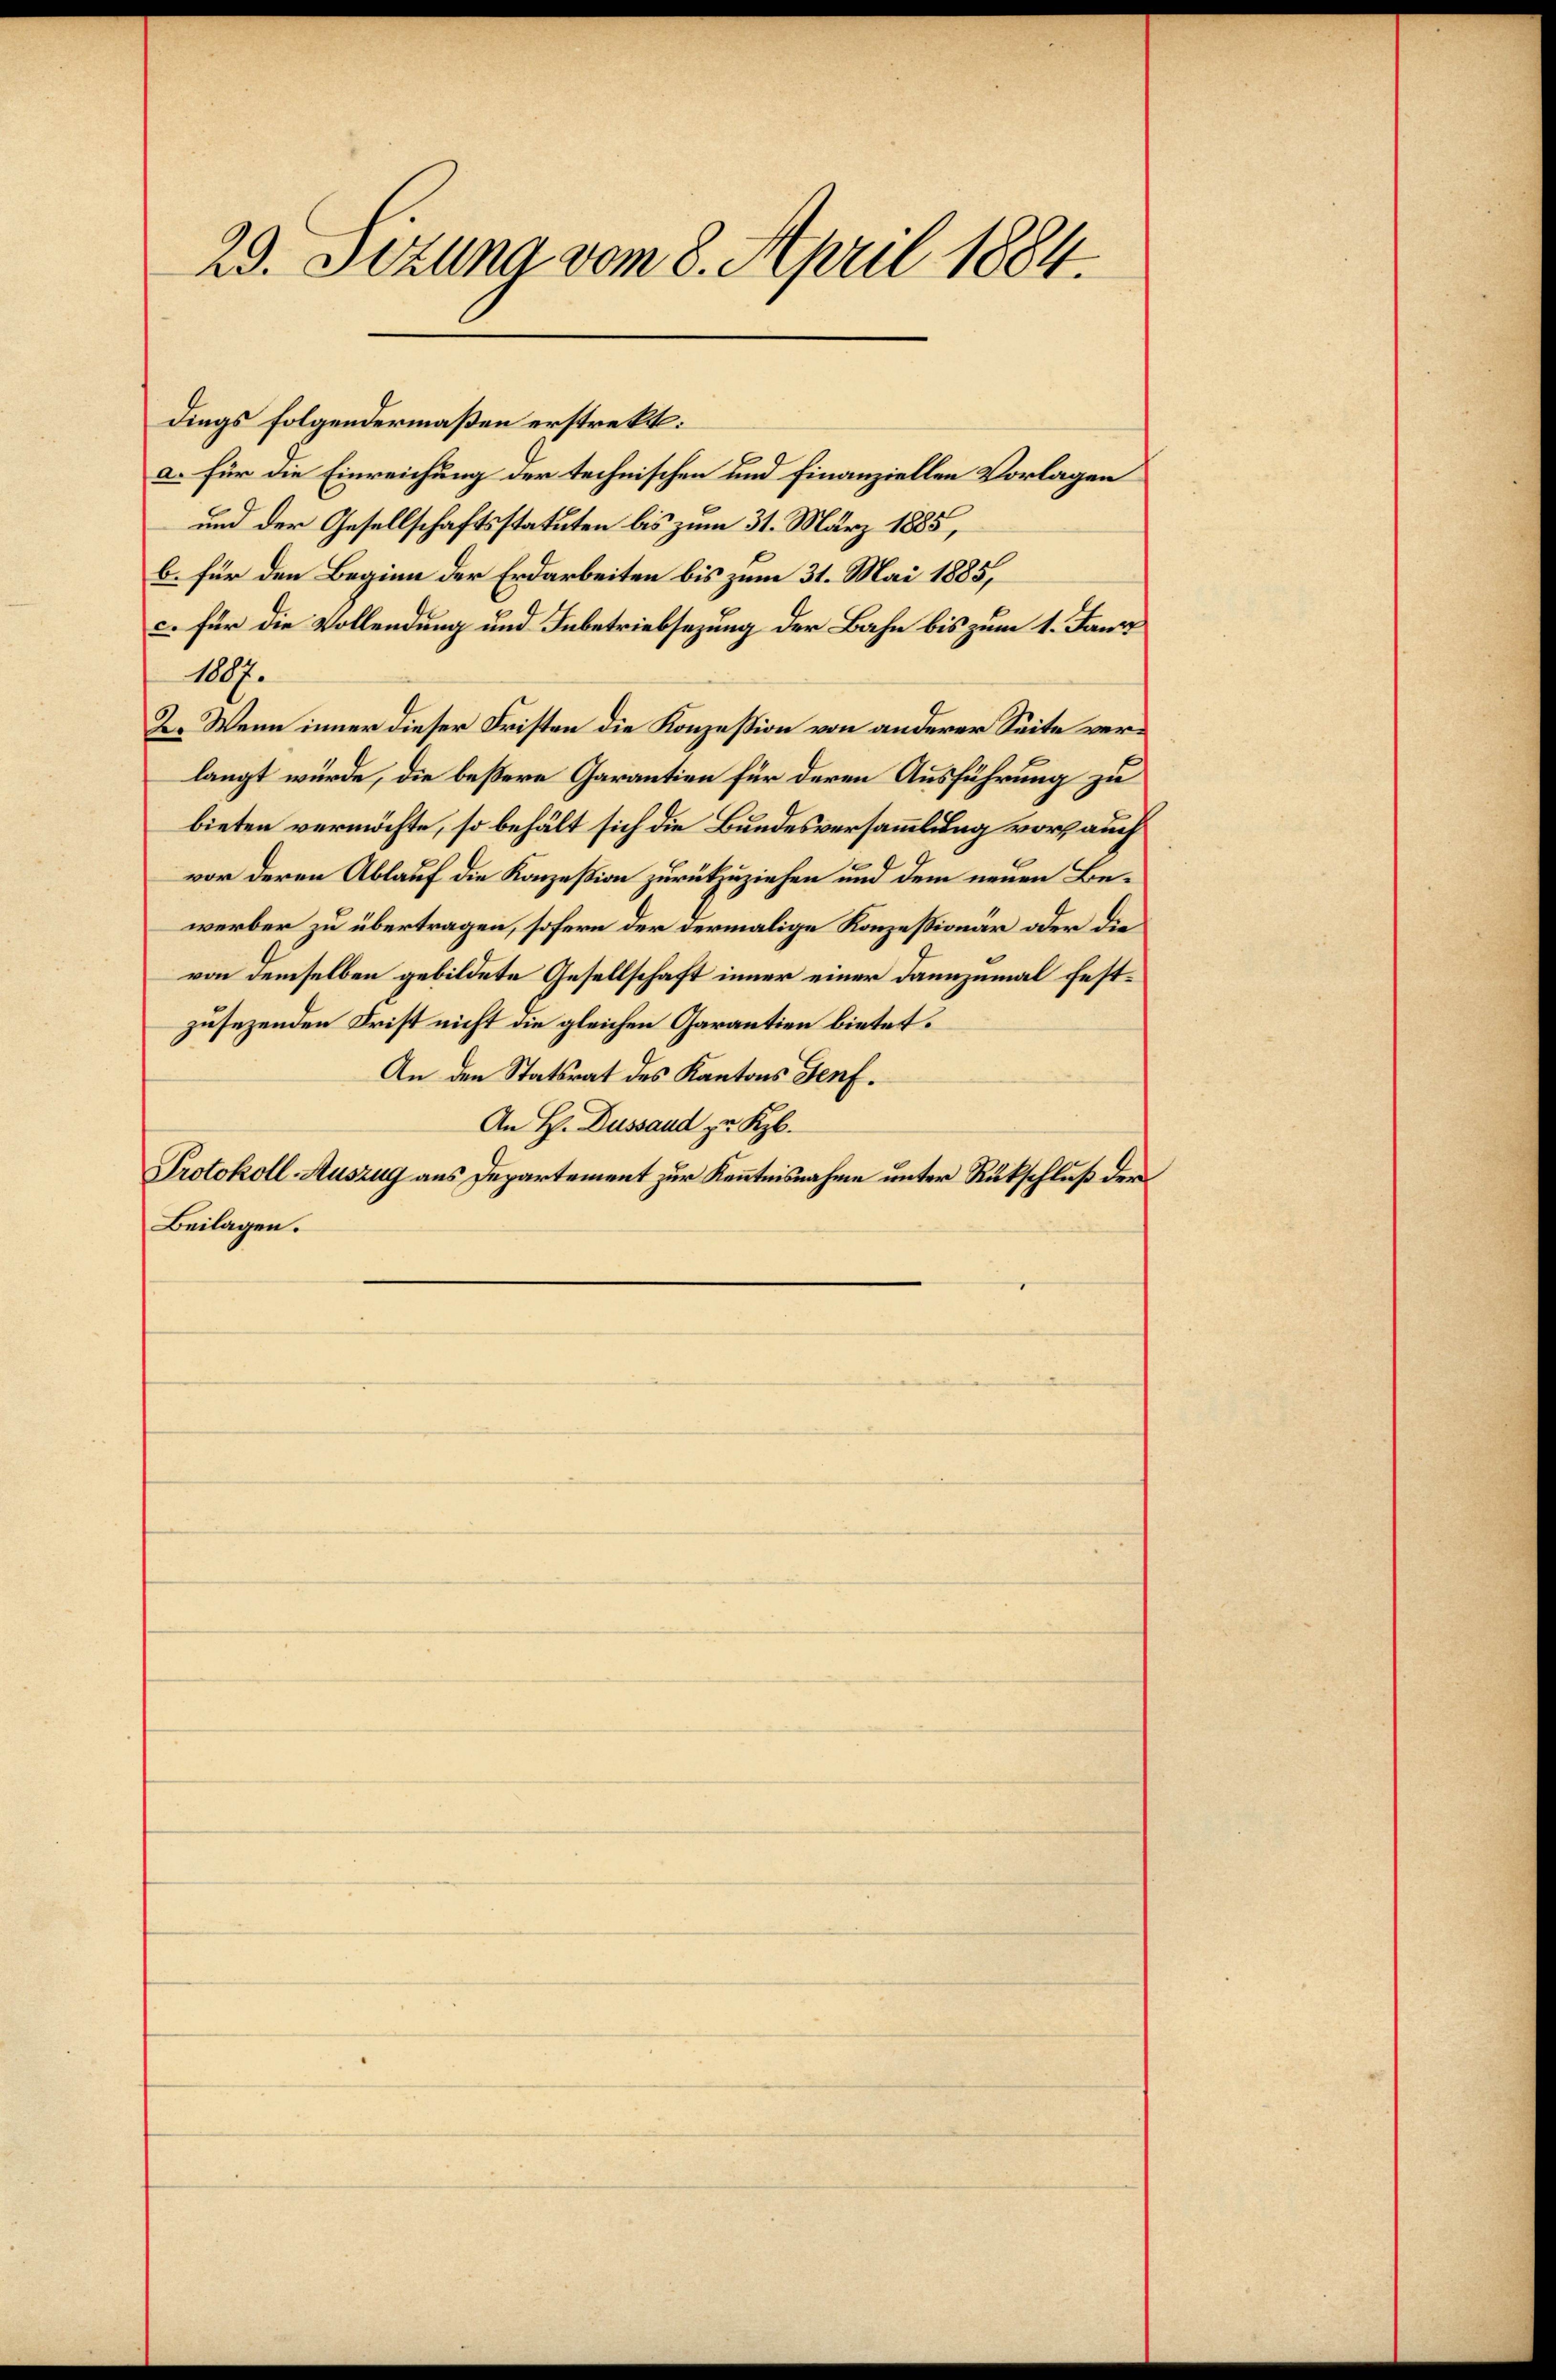
23. Jezuna vom 8. April 1884.

dings folgendermaßen erstrekt:
a. für die Einreichung der technischen und Finanziellen Vorlagen
und der Gesellschaftsstatuten bis zum 31. März 1885,
b. für den Beginn der Erdarbeiten bis zum 31. Mai 1885,
c. für die Vollendung und Inbetriebsezung der Bahn bis zum 1. Janu
1087.
2. Wenn inner dieser Fristen die Konzession von anderer Seite verlangt würde, die beßere Garantien für deren Ausführung zu
bieten vermöchte, so behält sich die Bundesversammlung vor auch
vor deren Ablauf die Konzession zurückzuziehen und dem neuen Bewerber zu übertragen, sofern der dermalige Konzessionär oder die
von demselben gebildete Gesellschaft inner einer dannzumal festzusezenden Frist nicht die gleichen Garantien bietet.
An den Statsrat des Kantons Genf.
An H. Dussaud zu Kyb
Protokoll-Auszug aus Departement zur Kenntnisnahme unter Rückschluß der
Beilagen.